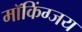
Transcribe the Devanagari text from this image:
मॉकिंग्जय